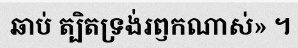
ឆាប់ ត្បិតទ្រង់រឭកណាស់» ។